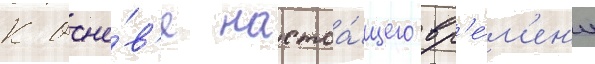
К осно́в'е настоа́щего вр'е́м'ен'и